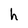
Character: h